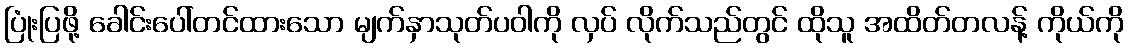
ပြုံးပြဖို့ ခေါင်းပေါ်တင်ထားသော မျက်နှာသုတ်ပဝါကို လှပ် လိုက်သည်တွင် ထိုသူ အထိတ်တလန့် ကိုယ်ကို